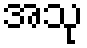
အသု